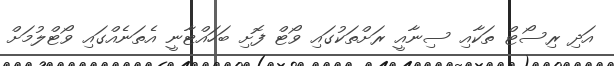
އަދި ރިސޯޓް ތަކާއި ސިނާއީ ރަށްތަކުގައި ވޯޓް ފޮށި ބަހައްޓާނީ އެތަނެއްގައި ވޯޓްލުމަށް